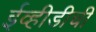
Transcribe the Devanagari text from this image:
ईव्हीडीची